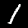
Digit: 1